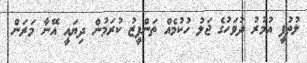
ލުތުފީ އުމުރު ދުވަހުގެ ޖަލު ހުކުމެއް ތަންފީޒު ކުރަމުން ދިޔައީ އޭނާ މަރަން